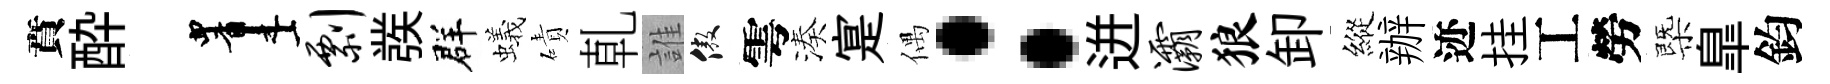
賁酔画剽彂群蟻磧乹誰傲雩湊寔偶：迸灞狼卸縱辦迹挂工勞㮣臯鈞